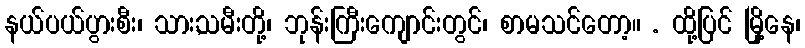
နယ်ပယ်ပွားစီး၊ သား,သမီးတို့၊ ဘုန်းကြီးကျောင်းတွင်၊ စာမသင်တော့။ . ထို့ပြင် မြို့နေ၊